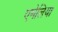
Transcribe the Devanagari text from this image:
एमेलिया